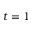
t = 1